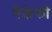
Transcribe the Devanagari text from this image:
मैकेफी